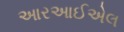
આરઆઈએલ